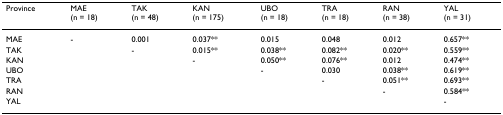
<table><thead><tr><td><b>Province</b></td><td><b>MAE(n = 18)</b></td><td><b>TAK(n = 48)</b></td><td><b>KAN(n = 175)</b></td><td><b>UBO(n = 18)</b></td><td><b>TRA(n = 18)</b></td><td><b>RAN(n = 38)</b></td><td><b>YAL(n = 31)</b></td></tr></thead><tbody><tr><td>MAE</td><td>-</td><td>0.001</td><td>0.037**</td><td>0.015</td><td>0.048</td><td>0.012</td><td>0.657**</td></tr><tr><td>TAK</td><td></td><td>-</td><td>0.015**</td><td>0.038**</td><td>0.082**</td><td>0.020**</td><td>0.559**</td></tr><tr><td>KAN</td><td></td><td></td><td>-</td><td>0.050**</td><td>0.076**</td><td>0.012</td><td>0.474**</td></tr><tr><td>UBO</td><td></td><td></td><td></td><td>-</td><td>0.030</td><td>0.038**</td><td>0.619**</td></tr><tr><td>TRA</td><td></td><td></td><td></td><td></td><td>-</td><td>0.051**</td><td>0.693**</td></tr><tr><td>RAN</td><td></td><td></td><td></td><td></td><td></td><td>-</td><td>0.584**</td></tr><tr><td>YAL</td><td></td><td></td><td></td><td></td><td></td><td></td><td>-</td></tr></tbody></table>